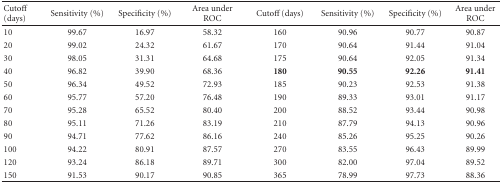
<table><thead><tr><td><b>Cutoff (days)</b></td><td><b>Sensitivity (%)</b></td><td><b>Specificity (%)</b></td><td><b>Area under ROC</b></td><td><b>Cutoff (days)</b></td><td><b>Sensitivity (%)</b></td><td><b>Specificity (%)</b></td><td><b>Area under ROC </b></td></tr></thead><tbody><tr><td>10</td><td>99.67</td><td>16.97</td><td>58.32</td><td>160</td><td>90.96</td><td>90.77</td><td>90.87</td></tr><tr><td>20</td><td>99.02</td><td>24.32</td><td>61.67</td><td>170</td><td>90.64</td><td>91.44</td><td>91.04</td></tr><tr><td>30</td><td>98.05</td><td>31.31</td><td>64.68</td><td>175</td><td>90.64</td><td>92.05</td><td>91.34</td></tr><tr><td>40</td><td>96.82</td><td>39.90</td><td>68.36</td><td><b>180 </b></td><td><b>90.55 </b></td><td><b>92.26 </b></td><td><b>91.41 </b></td></tr><tr><td>50</td><td>96.34</td><td>49.52</td><td>72.93</td><td>185</td><td>90.23</td><td>92.53</td><td>91.38</td></tr><tr><td>60</td><td>95.77</td><td>57.20</td><td>76.48</td><td>190</td><td>89.33</td><td>93.01</td><td>91.17</td></tr><tr><td>70</td><td>95.28</td><td>65.52</td><td>80.40</td><td>200</td><td>88.52</td><td>93.44</td><td>90.98</td></tr><tr><td>80</td><td>95.11</td><td>71.26</td><td>83.19</td><td>210</td><td>87.79</td><td>94.13</td><td>90.96</td></tr><tr><td>90</td><td>94.71</td><td>77.62</td><td>86.16</td><td>240</td><td>85.26</td><td>95.25</td><td>90.26</td></tr><tr><td>100</td><td>94.22</td><td>80.91</td><td>87.57</td><td>270</td><td>83.55</td><td>96.43</td><td>89.99</td></tr><tr><td>120</td><td>93.24</td><td>86.18</td><td>89.71</td><td>300</td><td>82.00</td><td>97.04</td><td>89.52</td></tr><tr><td>150</td><td>91.53</td><td>90.17</td><td>90.85</td><td>365</td><td>78.99</td><td>97.73</td><td>88.36</td></tr></tbody></table>